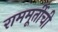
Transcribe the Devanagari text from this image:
राममूर्तीची